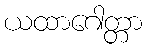
ယထာဂေါတ္တာ